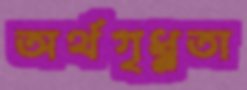
অর্থগৃধ্নুতা